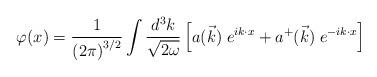
LaTeX: \begin{align*}\varphi (x)= \frac {1} {\left(2\pi\right)^{3/2}}\int\frac {d^3k} {\sqrt{2\omega}} \left[ a(\vec{k})\; e^{ik\cdot x} +a^{+}(\vec{k})\; e^{-ik\cdot x} \right]\end{align*}